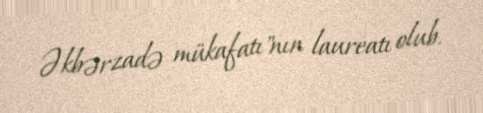
Əkbərzadə mükafatı"nın laureatı olub.